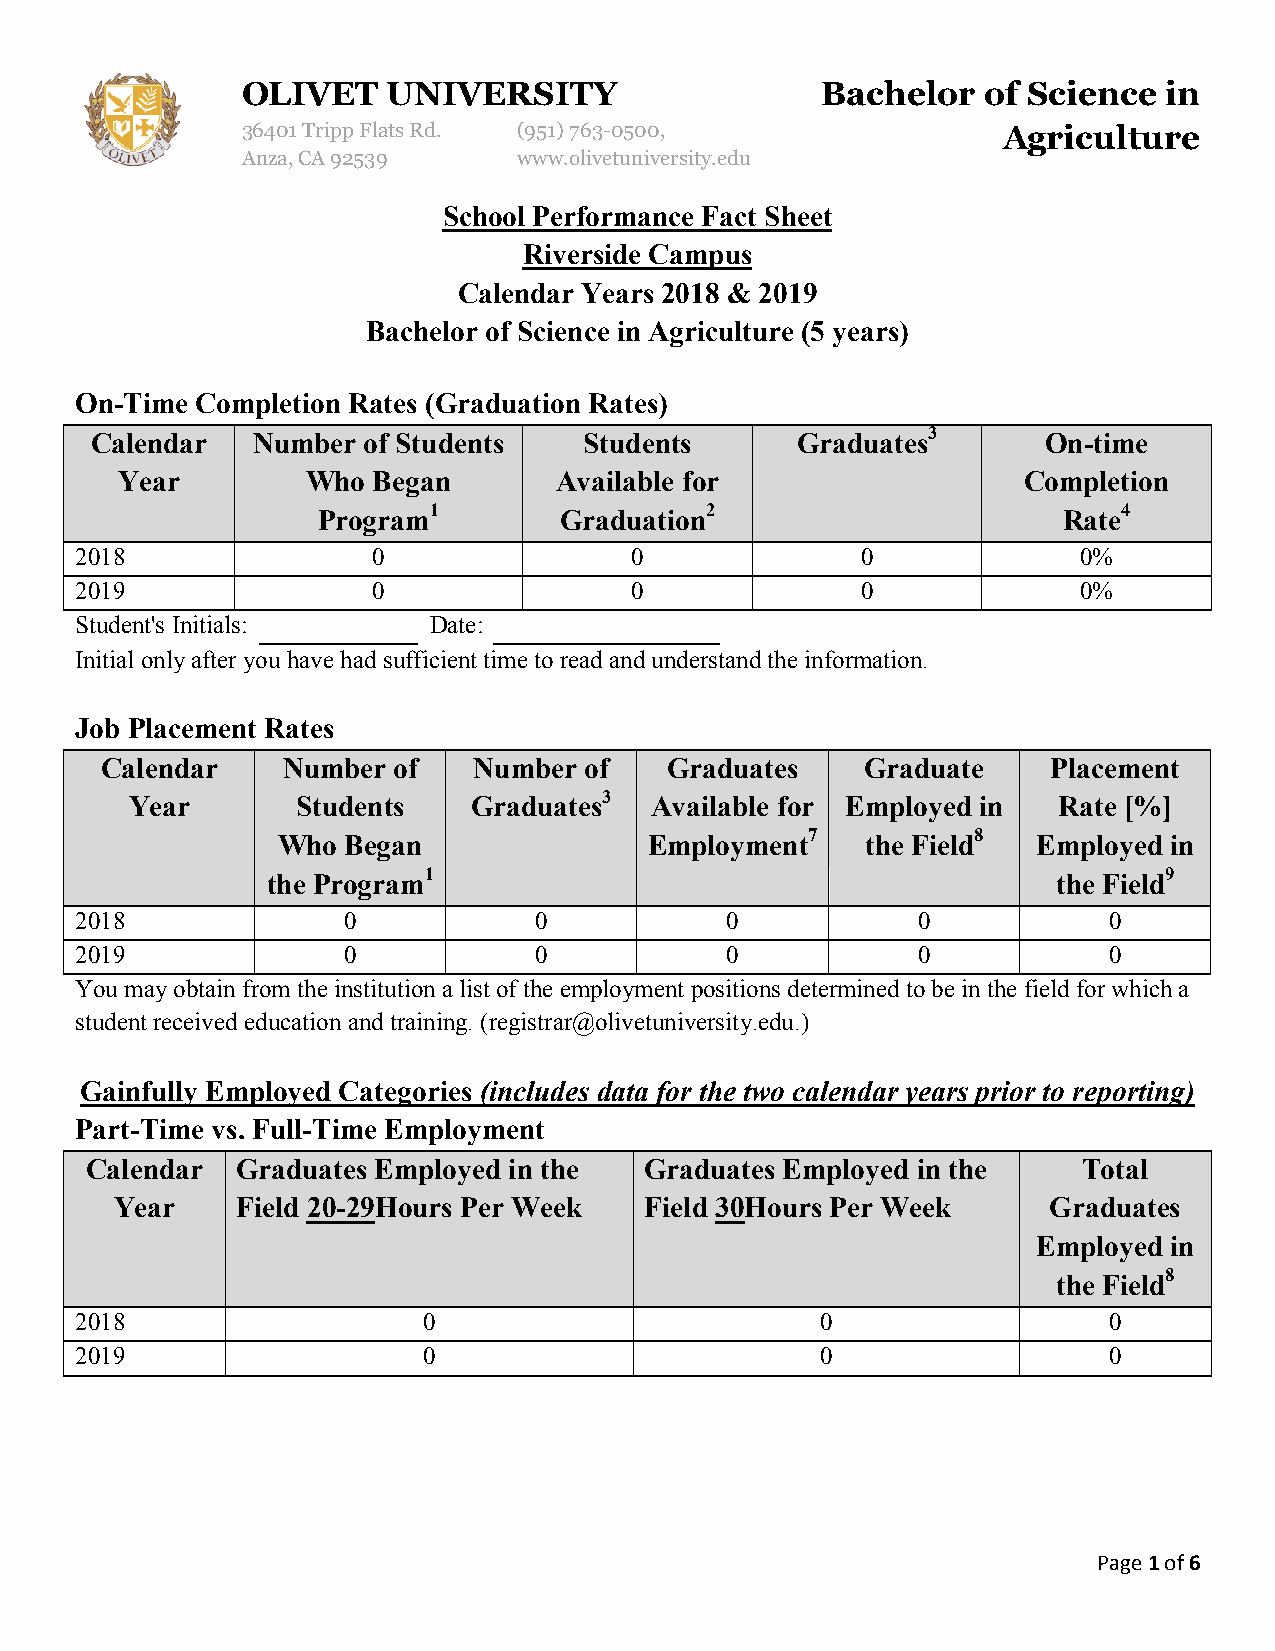
OLIVET    UNIVERSITY                  Bachelor   of Science  in
 36401 Tripp Flats Rd. (951)763-0500,              Agriculture
 Anza, CA 92539    www.olivetuniversity.edu
 School Performance Fact Sheet
 Riverside Campus
 Calendar Years 2018 & 2019
 Bachelor of Science in Agriculture (5 years)
 On-Time Completion Rates (Graduation Rates)
 Calendar   Number of Students    Students      Graduates3      On-time
 Year        Who  Began       Available for                  Completion
 Program1        Graduation2                      Rate4
 2018                0                0              0              0%
 2019                0                0              0              0%
 Student's Initials:    Date:
 Initial only after you have had sufficient time to read and understand the information.
 Job Placement Rates
 Calendar    Number of   Number  of   Graduates    Graduate     Placement
 Year       Students   Graduates3  Available for Employed in  Rate [%]
 Who  Began               Employment7   the Field8  Employed in
 the Program1                                        the Field9
 2018              0           0            0            0           0
 2019              0           0            0            0           0
 You may obtain from the institution a list of the employment positions determined to be in the field for which a
 student received education and training. (registrar@olivetuniversity.edu.)
 Gainfully Employed Categories (includes data for the two calendar years prior to reporting)
 Part-Time vs. Full-Time Employment
 Calendar  Graduates Employed in the  Graduates Employed in the    Total
 Year    Field 20-29Hours Per Week  Field 30Hours Per Week    Graduates
 Employed in
 the Field8
 2018                   0                         0                  0
 2019                   0                         0                  0
 Page 1 of 6